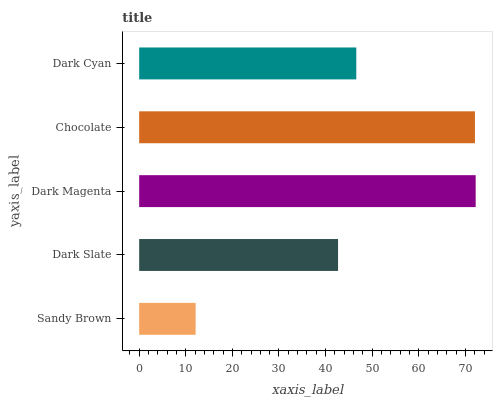
| yaxis_label | bars |
 | --- | --- |
 | Sandy Brown | 12.1 |
 | Dark Slate | 42.7 |
 | Dark Magenta | 72.2 |
 | Chocolate | 72.1 |
 | Dark Cyan | 46.6 |